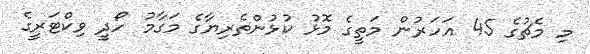
މި މެޗުގެ 45 އަހަރުން މަތީގެ މޮޅު ކުޅުންތެރިޔާގެ މަގާމު ހޯދީ ވިކްޓަރީގެ